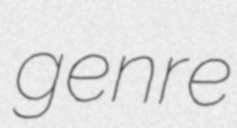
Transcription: genre